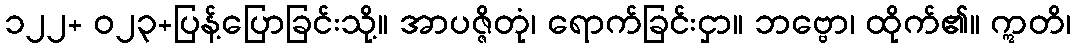
၁၂၂+ ဝ၂၃+ပြန့်ပြောခြင်းသို့။ အာပဇ္ဇိတုံ၊ ရောက်ခြင်းငှာ။ ဘဗ္ဗော၊ ထိုက်၏။ ဣတိ၊